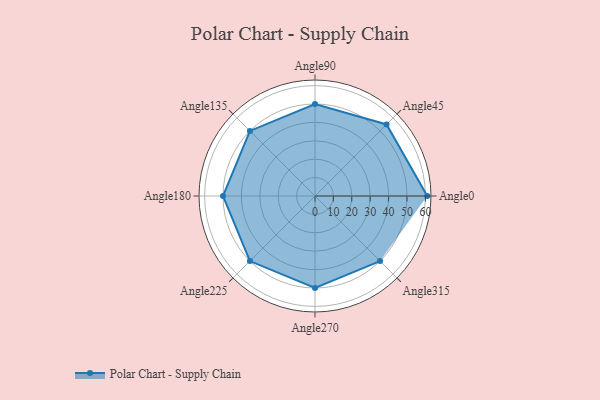
{"axis": {"x": "Angle", "y": "Radius"}, "legend": [""], "data": [{"x": "Angle0", "y": 61.0, "type": ""}, {"x": "Angle45", "y": 55.0, "type": ""}, {"x": "Angle90", "y": 50, "type": ""}, {"x": "Angle135", "y": 50, "type": ""}, {"x": "Angle180", "y": 50, "type": ""}, {"x": "Angle225", "y": 50, "type": ""}, {"x": "Angle270", "y": 50, "type": ""}, {"x": "Angle315", "y": 50, "type": ""}]}